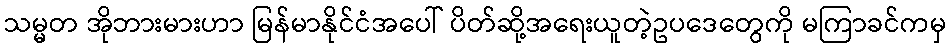
သမ္မတ အိုဘားမားဟာ မြန်မာနိုင်ငံအပေါ် ပိတ်ဆို့အရေးယူတဲ့ဥပဒေတွေကို မကြာခင်ကမှ